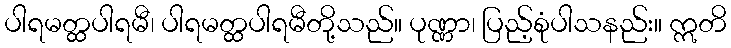
ပါရမတ္ထပါရမီ၊ ပါရမတ္ထပါရမီတို့သည်။ ပုဏ္ဏာ၊ ပြည့်စုံပါသနည်း။ ဣတိ